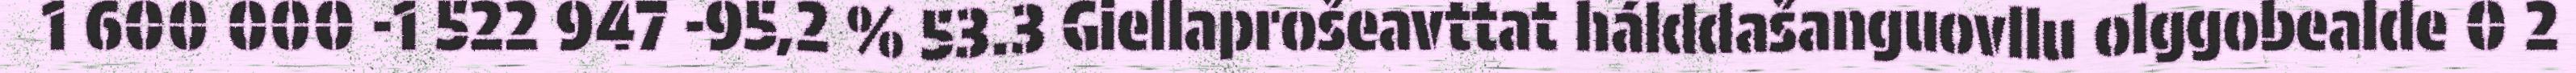
1 600 000 -1 522 947 -95,2 % 53.3 Giellaprošeavttat hálddašanguovllu olggobealde 0 2